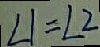
\angle 1 = \angle 2